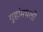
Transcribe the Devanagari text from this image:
गुहांमधली